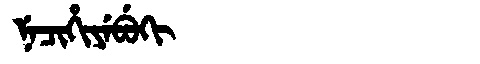
Manchu: ᠨᡝᠴᡳᡥᡳᠶᡝᠪᡠᡴᡳ
Romanization: NECIHIYEBUKI